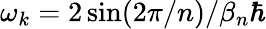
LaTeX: \omega_{k}=2\sin(2\pi/n)/\beta_{n}\hbar